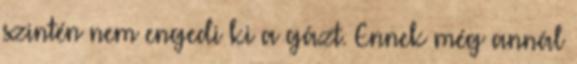
szintén nem engedi ki a gázt. Ennek még annál